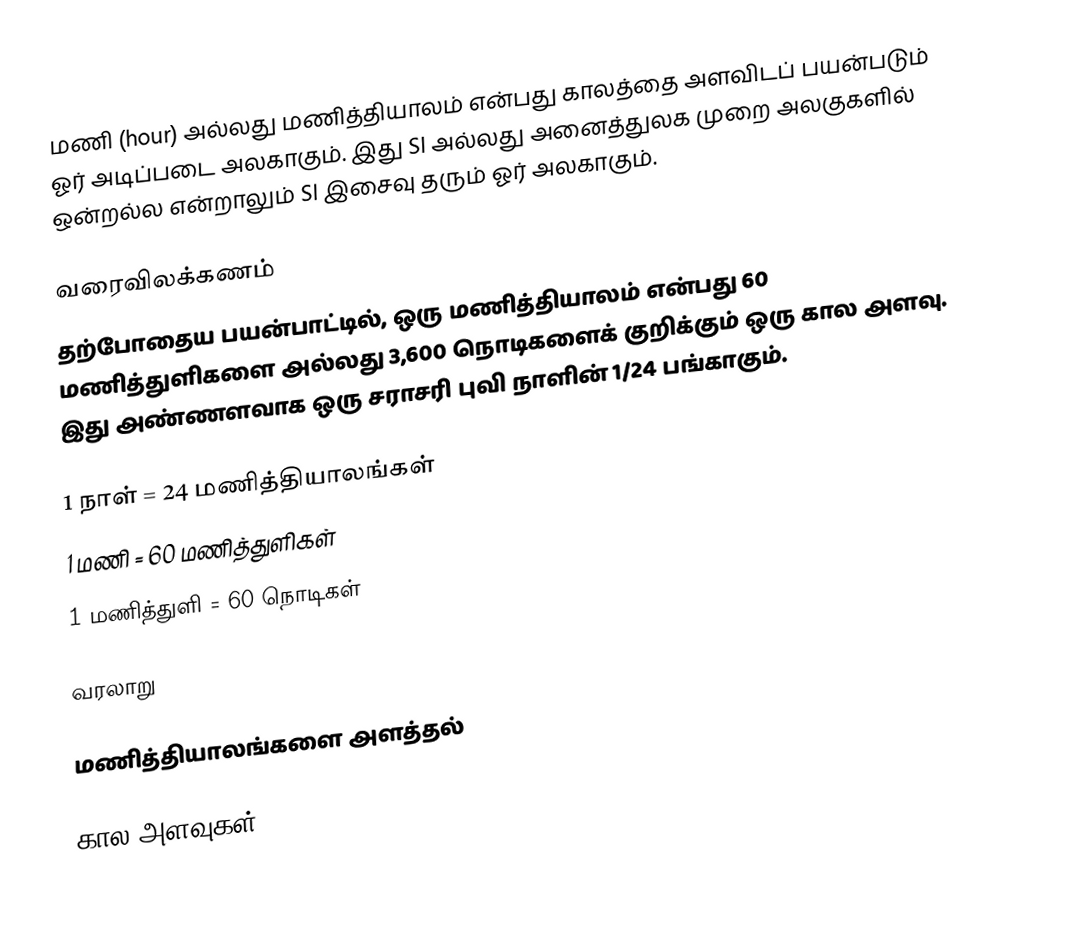
மணி (hour) அல்லது மணித்தியாலம் என்பது காலத்தை அளவிடப் பயன்படும் ஓர் அடிப்படை அலகாகும். இது SI அல்லது அனைத்துலக முறை அலகுகளில் ஒன்றல்ல என்றாலும் SI இசைவு தரும் ஓர் அலகாகும்.

வரைவிலக்கணம்
தற்போதைய பயன்பாட்டில், ஒரு மணித்தியாலம் என்பது 60 மணித்துளிகளை அல்லது 3,600 நொடிகளைக் குறிக்கும் ஒரு கால அளவு. இது அண்ணளவாக ஒரு சராசரி புவி நாளின் 1/24 பங்காகும்.

 1 நாள் = 24 மணித்தியாலங்கள்
 1 மணி = 60 மணித்துளிகள்
 1 மணித்துளி = 60 நொடிகள்

வரலாறு

மணித்தியாலங்களை அளத்தல்

கால அளவுகள்